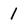
Character: 1